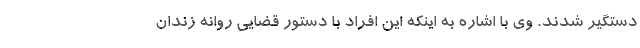
دستگیر شدند. وی با اشاره به اینکه این افراد با دستور قضایی روانه زندان